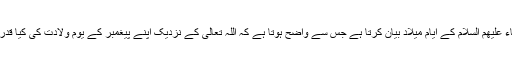
قرآنِ حکیم انبیاء علیھم السلام کے ایامِ میلاد بیان کرتا ہے جس سے واضح ہوتا ہے کہ اللہ تعالیٰ کے نزدیک اپنے پیغمبر کے یوم ولادت کی کیا قدر و منزلت ہے۔